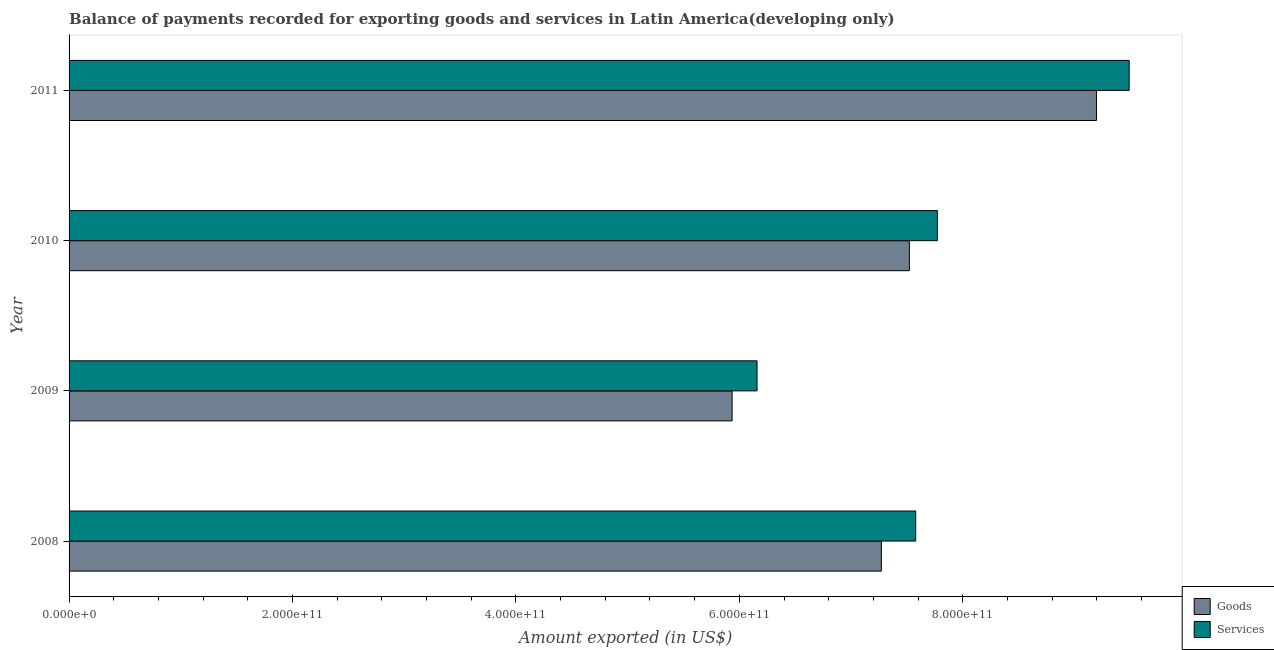
| Year | Goods | Services |
 | --- | --- | --- |
 | 2008 | 7.27e+11 | 7.58e+11 |
 | 2009 | 5.94e+11 | 6.16e+11 |
 | 2010 | 7.52e+11 | 7.77e+11 |
 | 2011 | 9.2e+11 | 9.49e+11 |